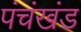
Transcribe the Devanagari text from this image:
पंचंखंड